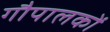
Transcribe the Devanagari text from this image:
गौपालकों